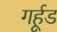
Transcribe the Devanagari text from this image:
गर्हूड